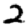
Digit: 2